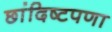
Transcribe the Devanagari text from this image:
छांदिष्टपणा